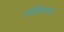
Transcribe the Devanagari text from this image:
अग्निकान्द